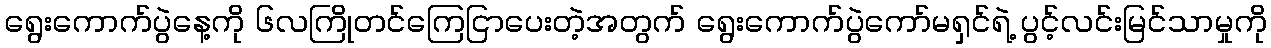
ရွေးကောက်ပွဲနေ့ကို ၆လကြိုတင်ကြေငြာပေးတဲ့အတွက် ရွေးကောက်ပွဲကော်မရှင်ရဲ့ ပွင့်လင်းမြင်သာမှုကို